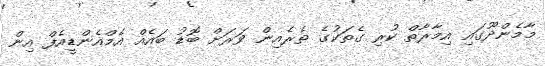
މާމެންދޫގައި އިމާރާތް ކުރި ގެތަކުގެ ތެރެއިން ވަރަށް ބޮޑު ބައެއް އެމްއެންޑީއެފް އިން